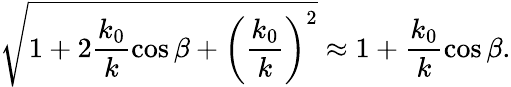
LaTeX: \sqrt{1+2\frac{k_{0}}{k}\cos\beta+\left(\frac{k_{0}}{k}\right)^{2}}\approx 1+\frac{k_{0}}{k}\cos\beta.